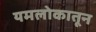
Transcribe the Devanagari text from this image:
यमलोकातून